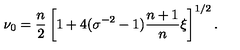
\nu _ { 0 } = \frac { n } { 2 } \left[ 1 + 4 ( \sigma ^ { - 2 } - 1 ) \frac { n + 1 } { n } \xi \right] ^ { 1 / 2 } .